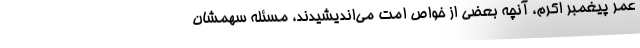
عمر پیغمبر اکرم، آنچه بعضی از خواص امت می‌اندیشیدند، مسئله سهمشان